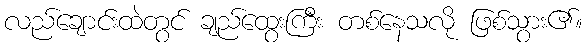
လည်ချောင်းထဲတွင် ချည်ထွေးကြီး တစ်နေသလို ဖြစ်သွား၏။